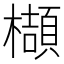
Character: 𬅁